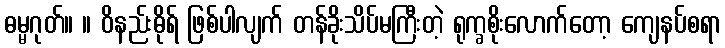
ဓမ္မဂုတ်။ ။ ဝိနည်းဓိုရ် ဖြစ်ပါလျက် တန်ခိုးသိပ်မကြီးတဲ့ ရုက္ခစိုးလောက်တော့ ကျေနပ်စရာ